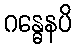
ဂန္ဓေနပိ